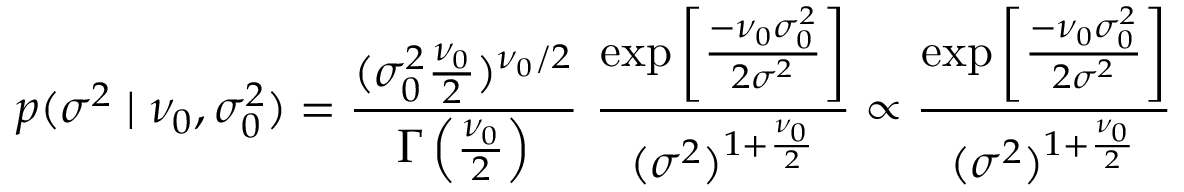
p ( \sigma ^ { 2 } \mid \nu _ { 0 } , \sigma _ { 0 } ^ { 2 } ) = { \frac { ( \sigma _ { 0 } ^ { 2 } { \frac { \nu _ { 0 } } { 2 } } ) ^ { \nu _ { 0 } / 2 } } { \Gamma \left( { \frac { \nu _ { 0 } } { 2 } } \right) } } ~ { \frac { \exp \left[ { \frac { - \nu _ { 0 } \sigma _ { 0 } ^ { 2 } } { 2 \sigma ^ { 2 } } } \right] } { ( \sigma ^ { 2 } ) ^ { 1 + { \frac { \nu _ { 0 } } { 2 } } } } } \propto { \frac { \exp \left[ { \frac { - \nu _ { 0 } \sigma _ { 0 } ^ { 2 } } { 2 \sigma ^ { 2 } } } \right] } { ( \sigma ^ { 2 } ) ^ { 1 + { \frac { \nu _ { 0 } } { 2 } } } } }